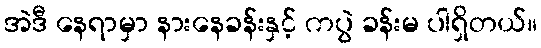
အဲဒီ နေရာမှာ နားနေခန်းနှင့် ကပွဲ ခန်းမ ပါရှိတယ်။